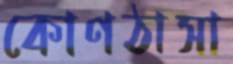
কোণঠাসা